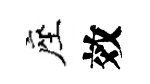
座效